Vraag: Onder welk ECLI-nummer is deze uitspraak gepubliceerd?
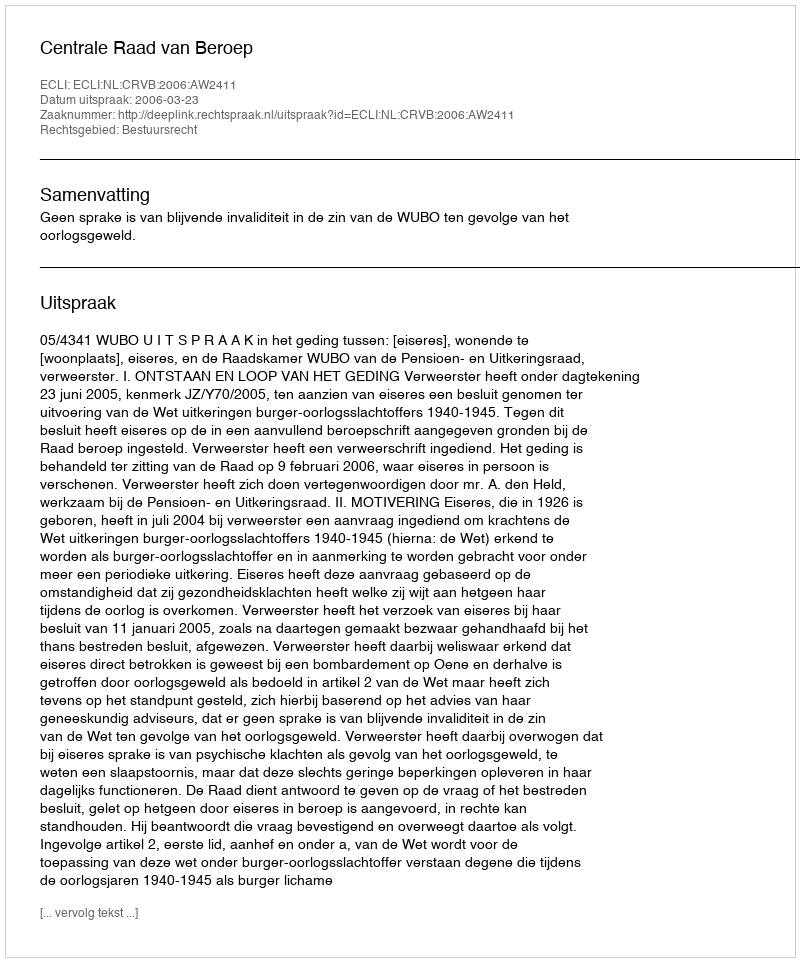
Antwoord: ECLI:NL:CRVB:2006:AW2411